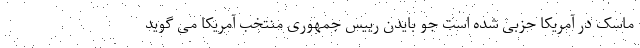
ماسک در آمریکا حزبی شده است جو بایدن رییس جمهوری منتخب آمریکا می گوید